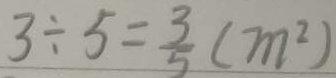
3 \div 5 = \frac { 3 } { 5 } ( m ^ { 2 } )